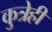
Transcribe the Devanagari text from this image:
कुत्रेही